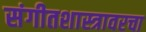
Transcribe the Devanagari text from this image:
संगीतशास्त्रावरचा